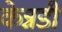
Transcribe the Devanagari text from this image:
केन्नडी